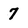
Character: 7